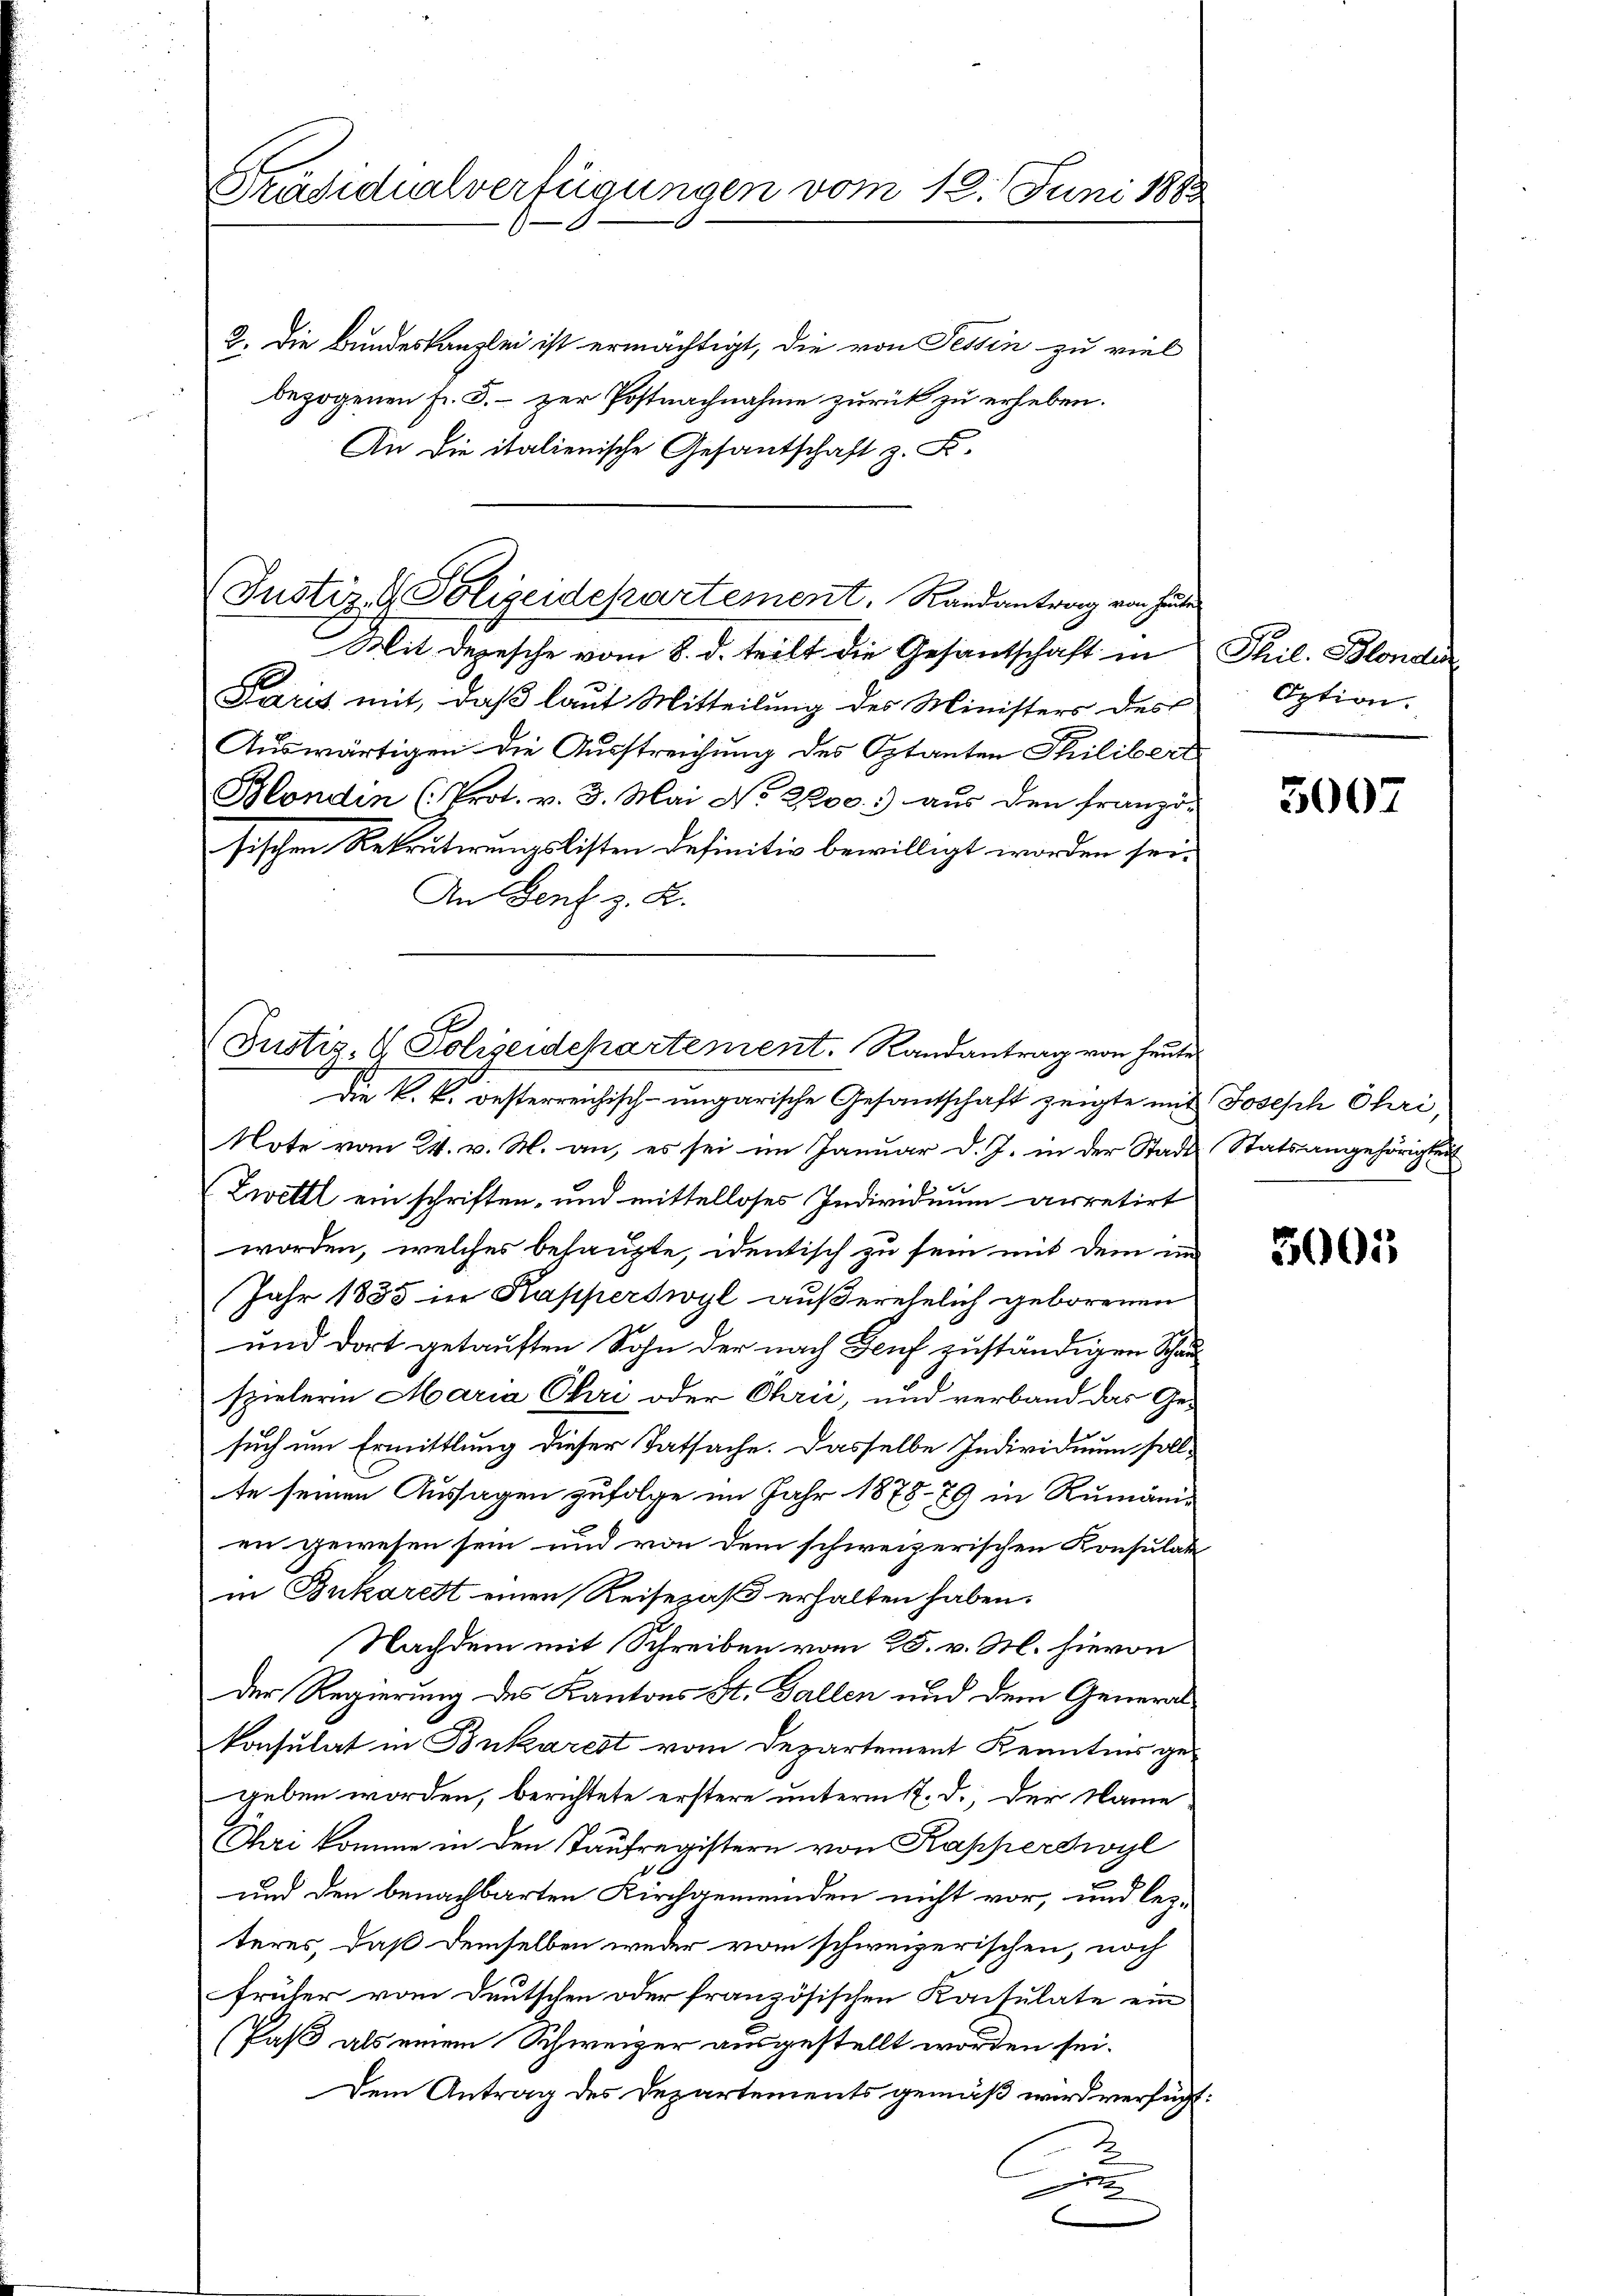
Präsidialverfügungen vom 12. Juni 1883
2. Die Bundeskanzlei ist ermächtigt, die von Tessin zu viel
bezogenen Fr. 5. – zur Postnachnahme zurück zu erheben.

An die italienische Gesantschaft z. B.

Justiz- & Polizeidchartement. Randantrag von heuten
Mit Depesche vom 8. d. teilt die Gesandtschaft in

Paris mit, daß laut Mitteilung des Ministers des
Auswärtigen die Ausstreichung des Optanten Philibert
Blondin (Prot. v. 3. Mai No 21200) aus den Franzö-
sischen Rekruterungslisten definitiv bewilligt worden sei.
An Genf z. B.
Justiz- & Polizeidepartement. Randantrag von heute

Die k. k. oesterreichisch-ungarische Gesantschaft zeigte mit Joseph Chri,

Note vom 24. v. M. an, es sei im Januar d. J. in der Stadt Statsangehörigkeit
Zwettl ein schriften, und mittelloses Individuum arretirt
worden, welches behaupte, identisch zu sein mit dem im
Jahr 1835 in Kapperswyl außerehelich geborenen
und dort getauften Sohn der nach Genf zuständigen Schauspielern Maria Chri oder Chrii, und verband das Ge-
such um Ermittlung dieser Tatsache. Dasselbe Individuum soll-
te seinen Aussagen zufolge im Jahr 1878 - 89 in Rumänien gewesen sein und von dem schweizerischen Konsulat
in Bukarett einen Reisezahl erhalten haben.
Nachdem mit Schreiben vom 25. v. M. hievon
der Regierung des Kantons St. Gallen und dem General
konsulat in Bnkarest vom Departement Kenntnis gegeben worden, berichtete erstere unterm 17. d., der Name
Thri komme in den Taufregistern von Kapperswyl
0
3
und den benachbarten Kirchgemeinden nicht vor, und lez-
teres, daß demselben weder vom schweizerischen, noch
früher vom Deutschen oder französischen Konsulate ein
Paß als einem Schweizer ausgestellt worden sei.
Dem Antrag des Departements gemäß wird verfügt:
n
6

Phil. Blonder
Option.

5007

3005